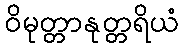
ဝိမုတ္တာနုတ္တရိယံ